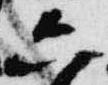
六